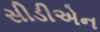
સીડીએન